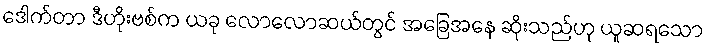
ဒေါက်တာ ဒီဟိုးဗစ်က ယခု လောလောဆယ်တွင် အခြေအနေ ဆိုးသည်ဟု ယူဆရသော